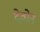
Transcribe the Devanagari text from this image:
देवोन